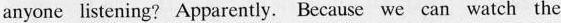
anyone listening?Apparently.Because we can watch the